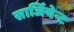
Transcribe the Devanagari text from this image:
सार्जियेन्ट